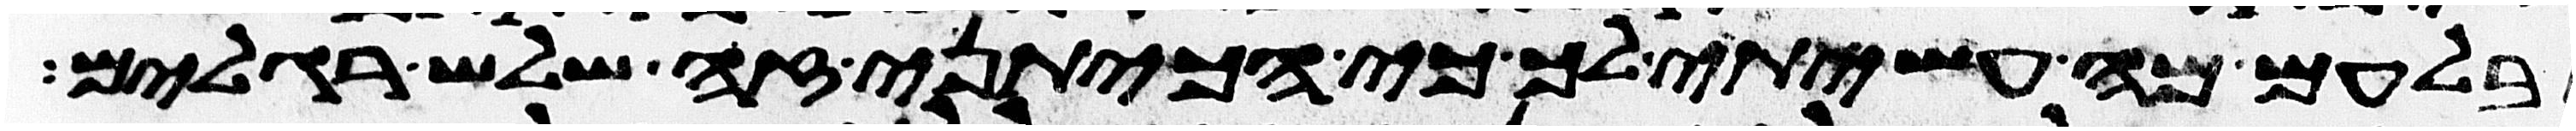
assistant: בלעם מה עשיתי לך כי הכיתני זה שלש רגלים